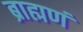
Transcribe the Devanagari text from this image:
ब्राह्मणं